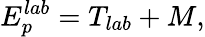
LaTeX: E_{p}^{lab}=T_{lab}+M,